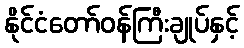
နိုင်ငံတော်ဝန်ကြီးချုပ်နှင့်